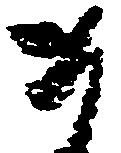
ま